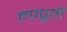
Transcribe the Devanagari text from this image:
तपपूर्ती